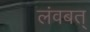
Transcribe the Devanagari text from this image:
लंवबत्‌